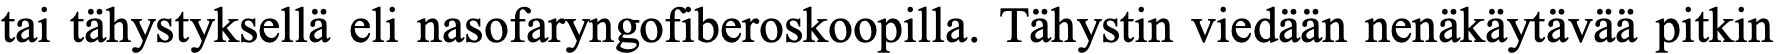
tai tähystyksellä eli nasofaryngofiberoskoopilla. Tähystin viedään nenäkäytävää pitkin